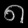
Digit: ၈